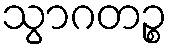
သွာဂတဉ္စ